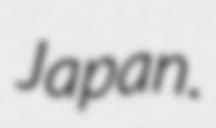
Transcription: Japan.